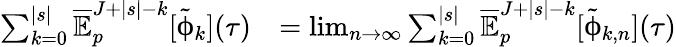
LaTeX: \begin{array}{rl}{\sum_{k=0}^{|s|}\overline{{\mathbb{E}}}_{p}^{J+|s|-k}[{\tilde{\upphi}}_{k}](\tau)}&{=\operatorname*{lim}_{n\to\infty}\sum_{k=0}^{|s|}\overline{{\mathbb{E}}}_{p}^{J+|s|-k}[{\tilde{\upphi}}_{k,n}](\tau)}\end{array}